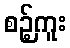
စဉ့်ကူး